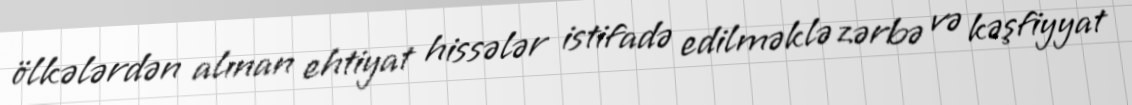
ölkələrdən alınan ehtiyat hissələr istifadə edilməklə zərbə və kəşfiyyat